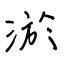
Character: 淤